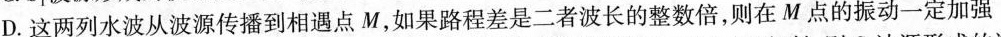
D.这两列水波从波源传播到相遇点M，如果路程差是二者波长的整数倍，则在M点的振动一定加强